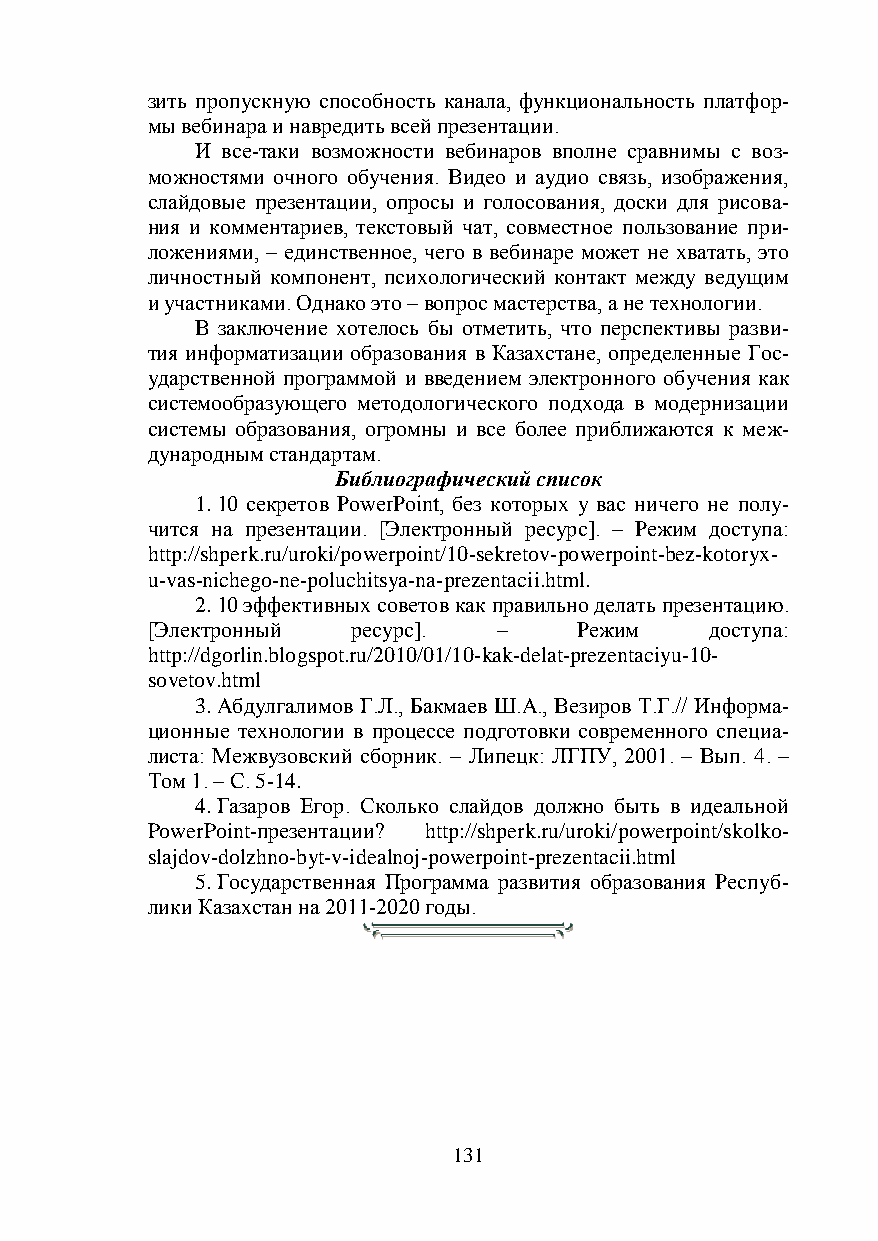
зить пропускную способность канала, функциональность платфор-
 мы вебинара и навредить всей презентации.
 И все-таки возможности вебинаров вполне сравнимы с воз-
 можностями очного обучения. Видео и аудио связь, изображения,
 слайдовые презентации, опросы и голосования, доски для рисова-
 ния и комментариев, текстовый чат, совместное пользование при-
 ложениями, – единственное, чего в вебинаре может не хватать, это
 личностный компонент, психологический контакт между ведущим
 и участниками. Однако это – вопрос мастерства, а не технологии.
 В заключение хотелось бы отметить, что перспективы разви-
 тия информатизации образования в Казахстане, определенные Гос-
 ударственной программой и введением электронного обучения как
 системообразующего методологического подхода в модернизации
 системы образования, огромны и все более приближаются к меж-
 дународным стандартам.
 Библиографический список
 1. 10 секретов PowerPoint, без которых у вас ничего не полу-
 чится на презентации. [Электронный ресурс]. – Режим доступа:
 http://shperk.ru/uroki/powerpoint/10-sekretov-powerpoint-bez-kotoryx-
 u-vas-nichego-ne-poluchitsya-na-prezentacii.html.
 2. 10 эффективных советов как правильно делать презентацию.
 [Электронный ресурс].  –    Режим    доступа:
 http://dgorlin.blogspot.ru/2010/01/10-kak-delat-prezentaciyu-10-
 sovetov.html
 3. Абдулгалимов Г.Л., Бакмаев Ш.А., Везиров Т.Г.// Информа-
 ционные технологии в процессе подготовки современного специа-
 листа: Межвузовский сборник. – Липецк: ЛГПУ, 2001. – Вып. 4. –
 Том 1. – С. 5-14.
 4. Газаров Егор. Сколько слайдов должно быть в идеальной
 PowerPoint-презентации? http://shperk.ru/uroki/powerpoint/skolko-
 slajdov-dolzhno-byt-v-idealnoj-powerpoint-prezentacii.html
 5. Государственная Программа развития образования Респуб-
 лики Казахстан на 2011-2020 годы.
 131